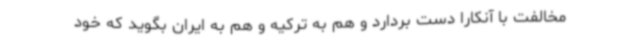
مخالفت با آنکارا دست بردارد و هم به ترکیه و هم به ایران بگوید که خود